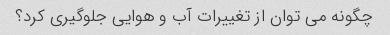
چگونه می توان از تغییرات آب و هوایی جلوگیری کرد؟